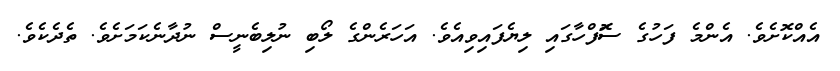
އެއްކޮށެވެ. އެންމެ ފަހުގެ ސޮަފްހާގައި ލިޔެފައިވިއެވެ. އަހަރެންގެ ލޯބި ނުލިބެނީސް ނުދާނެކަމަށެވެ. ތެދެކެވެ.